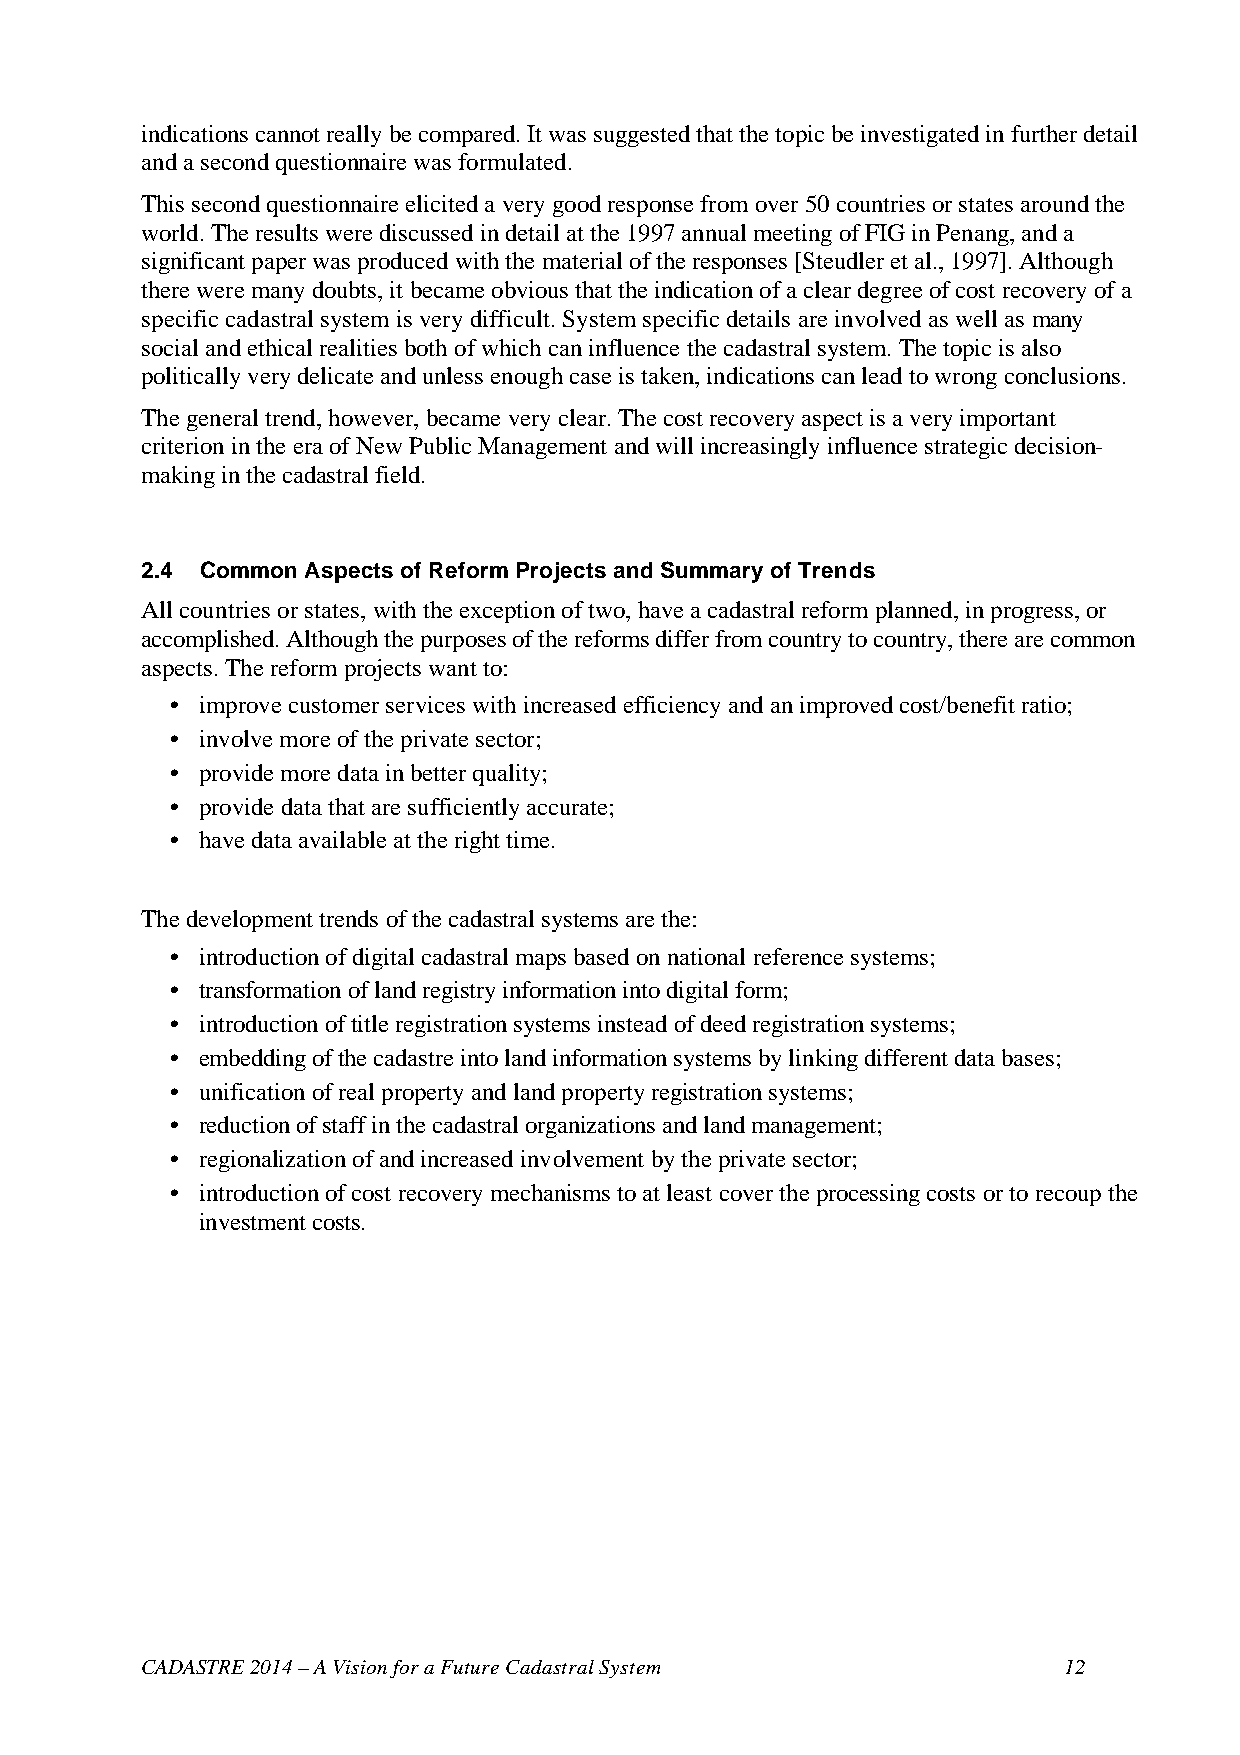
indications cannot really be compared. It was suggested that the topic be investigated in further detail
 and a second questionnaire was formulated.
 This second questionnaire elicited a very good response from over 50 countries or states around the
 world. The results were discussed in detail at the 1997 annual meeting of FIG in Penang, and a
 significant paper was produced with the material of the responses [Steudler et al., 1997]. Although
 there were many doubts, it became obvious that the indication of a clear degree of cost recovery of a
 specific cadastral system is very difficult. System specific details are involved as well as many
 social and ethical realities both of which can influence the cadastral system. The topic is also
 politically very delicate and unless enough case is taken, indications can lead to wrong conclusions.
 The general trend, however, became very clear. The cost recovery aspect is a very important
 criterion in the era of New Public Management and will increasingly influence strategic decision-
 making in the cadastral field.
 2.4 Common Aspects of Reform Projects and Summary of Trends
 All countries or states, with the exception of two, have a cadastral reform planned, in progress, or
 accomplished. Although the purposes of the reforms differ from country to country, there are common
 aspects. The reform projects want to:
 • improve customer services with increased efficiency and an improved cost/benefit ratio;
 • involve more of the private sector;
 • provide more data in better quality;
 • provide data that are sufficiently accurate;
 • have data available at the right time.
 The development trends of the cadastral systems are the:
 • introduction of digital cadastral maps based on national reference systems;
 • transformation of land registry information into digital form;
 • introduction of title registration systems instead of deed registration systems;
 • embedding of the cadastre into land information systems by linking different data bases;
 • unification of real property and land property registration systems;
 • reduction of staff in the cadastral organizations and land management;
 • regionalization of and increased involvement by the private sector;
 • introduction of cost recovery mechanisms to at least cover the processing costs or to recoup the
 investment costs.
 CADASTRE 2014 – A Vision for a Future Cadastral System       12